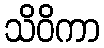
သိဝိကာ